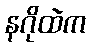
နဂိုထဲက